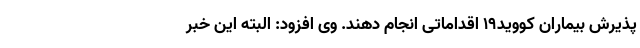
پذیرش بیماران کووید۱۹ اقداماتی انجام دهند. وی افزود: البته این خبر